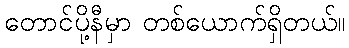
တောင်ပို့နီမှာ တစ်ယောက်ရှိတယ်။